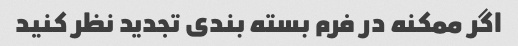
اگر ممکنه در فرم بسته بندی تجدید نظر کنید